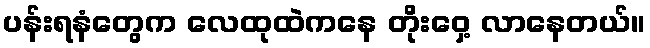
ပန်းရနံတွေက လေထုထဲကနေ တိုးဝှေ့ လာနေတယ်။